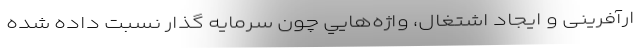
ارآفرینی‌‌ و ایجاد اشتغال، واژه‌هايي چون سرمايه گذار نسبت داده شده